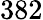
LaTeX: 382